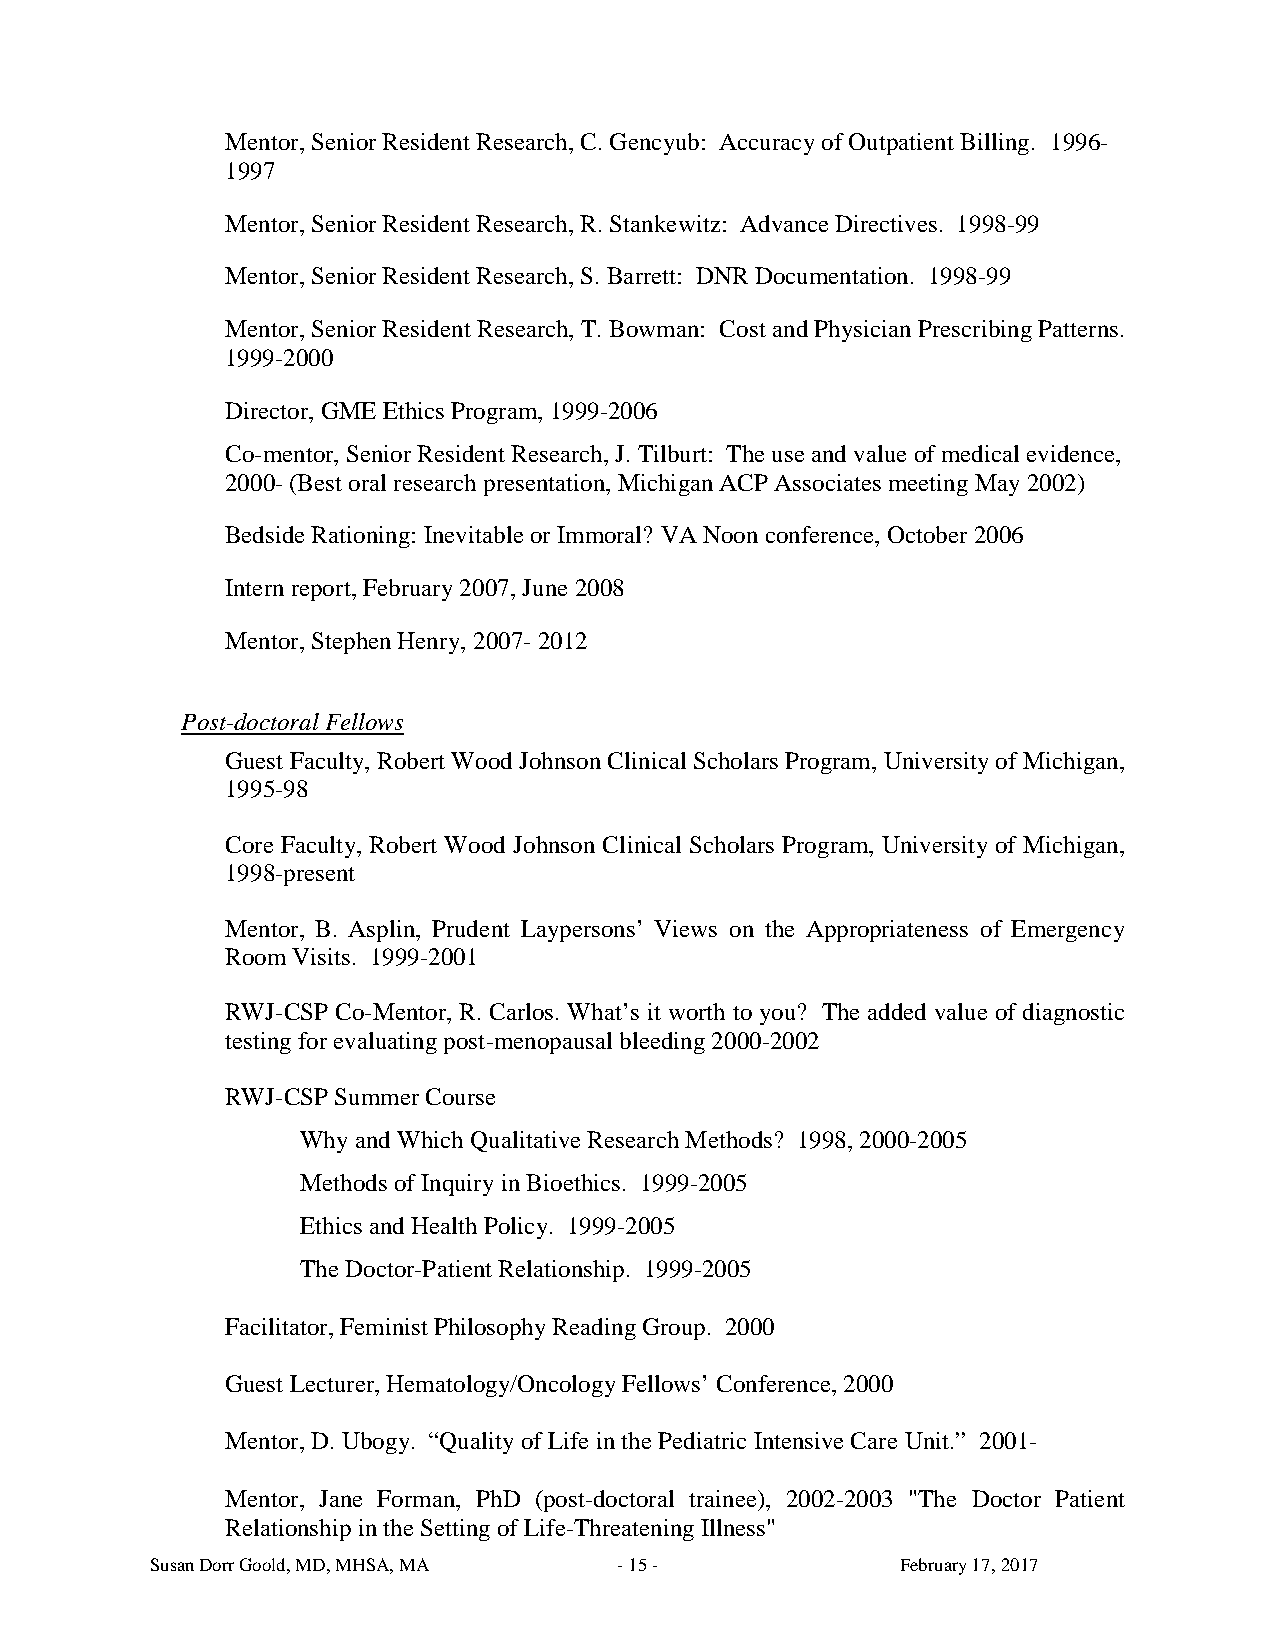
Mentor, Senior Resident Research, C. Gencyub: Accuracy of Outpatient Billing. 1996-
 1997
 Mentor, Senior Resident Research, R. Stankewitz: Advance Directives. 1998-99
 Mentor, Senior Resident Research, S. Barrett: DNR Documentation. 1998-99
 Mentor, Senior Resident Research, T. Bowman: Cost and Physician Prescribing Patterns.
 1999-2000
 Director, GME Ethics Program, 1999-2006
 Co-mentor, Senior Resident Research, J. Tilburt: The use and value of medical evidence,
 2000- (Best oral research presentation, Michigan ACP Associates meeting May 2002)
 Bedside Rationing: Inevitable or Immoral? VA Noon conference, October 2006
 Intern report, February 2007, June 2008
 Mentor, Stephen Henry, 2007- 2012
 Post-doctoral Fellows
 Guest Faculty, Robert Wood Johnson Clinical Scholars Program, University of Michigan,
 1995-98
 Core Faculty, Robert Wood Johnson Clinical Scholars Program, University of Michigan,
 1998-present
 Mentor, B. Asplin, Prudent Laypersons’ Views on the Appropriateness of Emergency
 Room Visits. 1999-2001
 RWJ-CSP Co-Mentor, R. Carlos. What’s it worth to you? The added value of diagnostic
 testing for evaluating post-menopausal bleeding 2000-2002
 RWJ-CSP Summer Course
 Why and Which Qualitative Research Methods? 1998, 2000-2005
 Methods of Inquiry in Bioethics. 1999-2005
 Ethics and Health Policy. 1999-2005
 The Doctor-Patient Relationship. 1999-2005
 Facilitator, Feminist Philosophy Reading Group. 2000
 Guest Lecturer, Hematology/Oncology Fellows’ Conference, 2000
 Mentor, D. Ubogy. “Quality of Life in the Pediatric Intensive Care Unit.” 2001-
 Mentor, Jane Forman, PhD (post-doctoral trainee), 2002-2003 "The Doctor Patient
 Relationship in the Setting of Life-Threatening Illness"
 Susan Dorr Goold, MD, MHSA, MA - 15 -             February 17, 2017